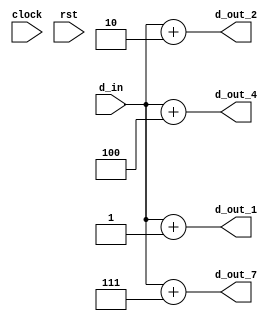
// This program was cloned from: https://github.com/haojunliu/OpenFPGA
// License: BSD 2-Clause "Simplified" License

module multi_consumer
(
    d_in,
    d_out_1, d_out_2, d_out_4, d_out_7,
    clock, rst
);

    input clock;
    input rst;

    input [15:0] d_in;

    output [15:0] d_out_1, d_out_2, d_out_4, d_out_7;

    assign d_out_1 = d_in + 1'b1;
    assign d_out_2 = d_in + 2'b10;
    assign d_out_4 = d_in + 3'b100;
    assign d_out_7 = d_in + 3'b111;
    
endmodule